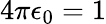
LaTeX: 4\pi\epsilon_{0}=1